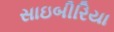
સાઇબીરિયા